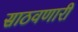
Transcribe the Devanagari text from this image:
साठवणारी